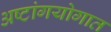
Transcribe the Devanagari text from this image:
अष्टांगयोगात